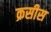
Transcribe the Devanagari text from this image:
क्रसीस